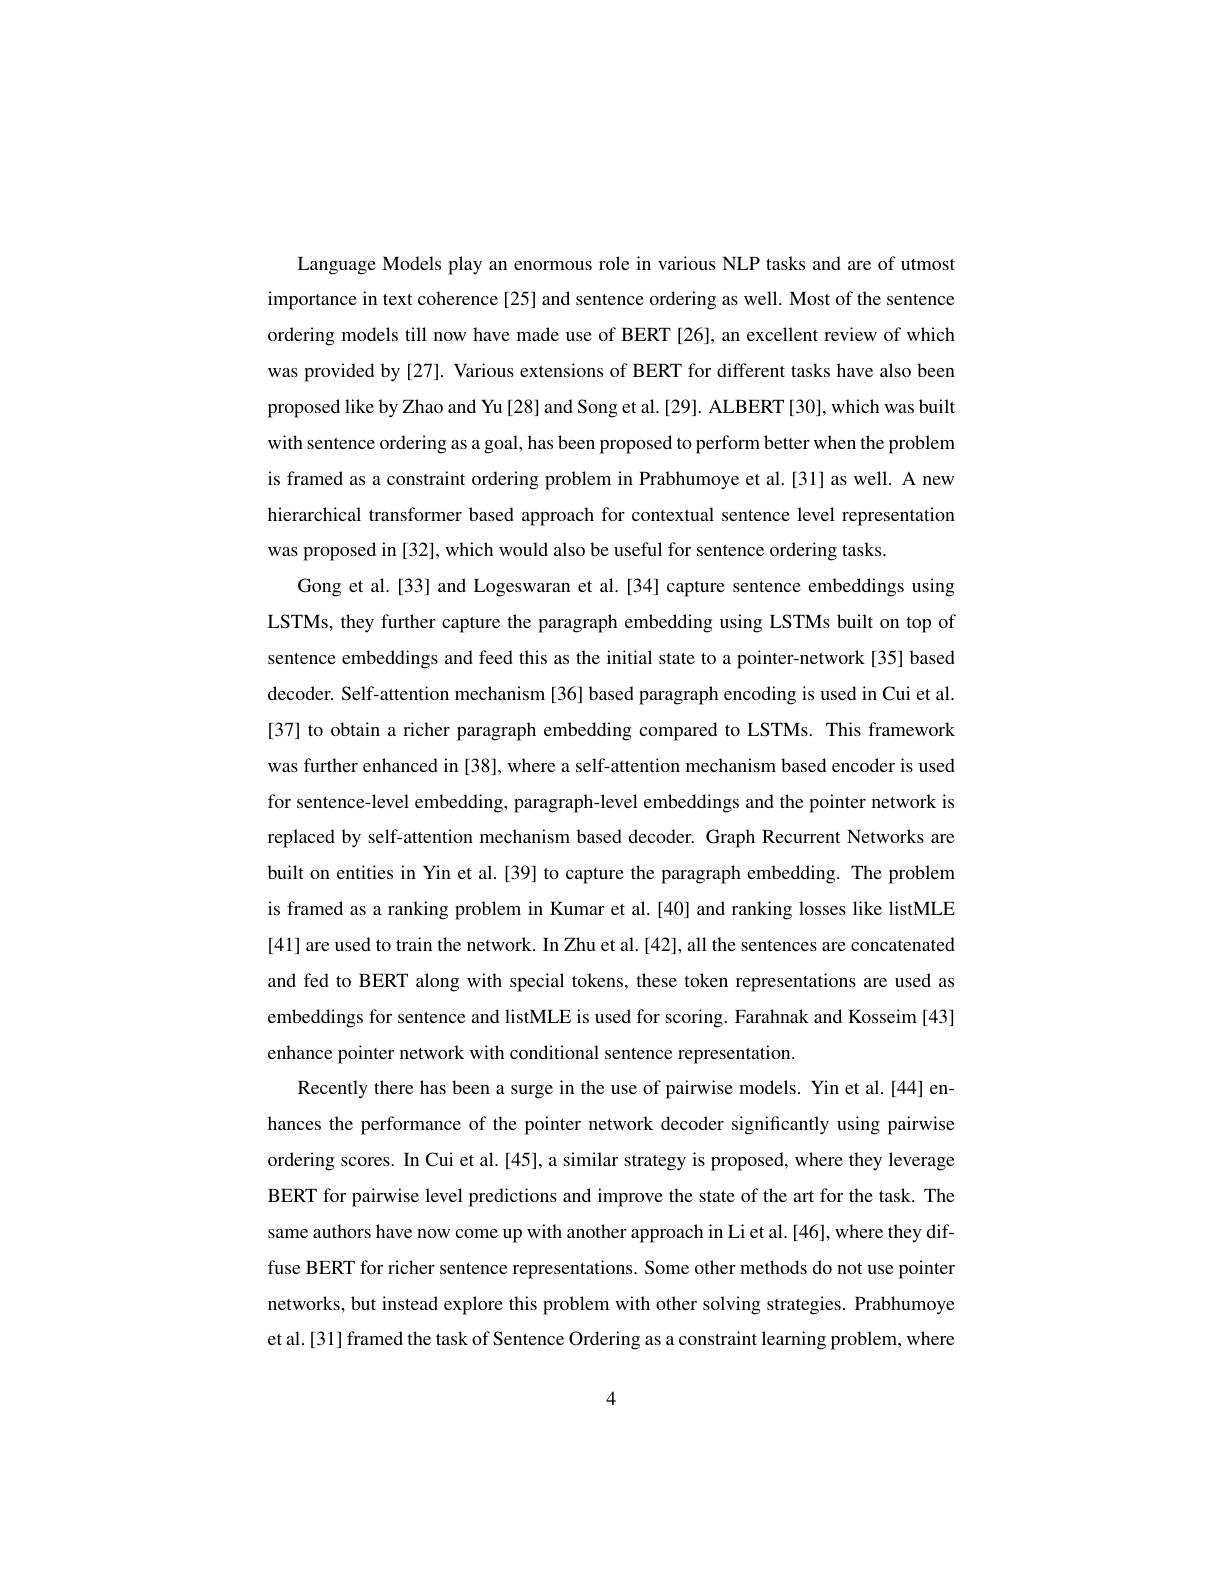
Language Models play an enormous role in various NLP tasks and are of utmost importance in text coherence [25] and sentence ordering as well. Most of the sentence ordering models till now have made use of BERT [26], an excellent review of which was provided by [27]. Various extensions of BERT for different tasks have also been proposed like by Zhao and Yu [28] and Song et al. [29]. ALBERT [30], which was built with sentence ordering as a goal, has been proposed to perform better when the problem is framed as a constraint ordering problem in Prabhumoye et al.[31] as well. A new hierarchical transformer based approach for contextual sentence level representation was proposed in [32], which would also be useful for sentence ordering tasks
Gong et al.[33] and Logeswaran et al.[34] capture sentence embeddings using LSTMs, they further capture the paragraph embedding using LSTMs built on top of sentence embeddings and feed this as the initial state to a pointer-network[35] based decoder. Self-attention mechanism[36] based paragraph encoding is used in Cui et al. [37] to obtain a richer paragraph embedding compared to LSTMs. This framework was further enhanced in [38], where a self-attention mechanism based encoder is used for sentence-level embedding, paragraph-level embeddings and the pointer network is replaced by self-attention mechanism based decoder. Graph Recurrent Networks are built on entities in Yin et al.[39] to capture the paragraph embedding. The problem is framed as a ranking problem in Kumar et al.[40] and ranking losses like listMLE [41] are used to train the network. In Zhu et al.[42], all the sentences are concatenated and fed to BERT along with special tokens, these token representations are used as embeddings for sentence and listMLE is used for scoring. Farahnak and Kosseim [43] enhance pointer network with conditional sentence representation
Recently there has been a surge in the use of pairwise models. Yin et al.[44] enhances the performance of the pointer network decoder significantly using pairwise ordering scores. In Cui et al.[45], a similar strategy is proposed, where they leverage BERT for pairwise level predictions and improve the state of the art for the task. The same authors have now come up with another approach in Li et al.[46], where they diffuse BERT for richer sentence representations. Some other methods do not use pointen networks, but instead explore this problem with other solving strategies. Prabhumoye et al.[31] framed the task of Sentence Ordering as a constraint learning problem, where

4